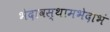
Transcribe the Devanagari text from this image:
भेदावस्थामभेदाभं